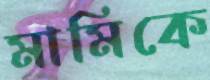
মামিকে